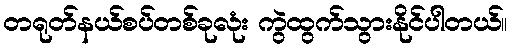
တရုတ်နယ်စပ်တစ်ခုလုံး ကွဲထွက်သွားနိုင်ပါတယ်။